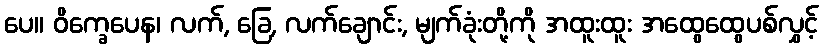
ပေ။ ဝိက္ခေပေန၊ လက်, ခြေ, လက်ချောင်း, မျက်ခုံးတို့ကို အထူးထူး အထွေထွေပစ်လွှင့်